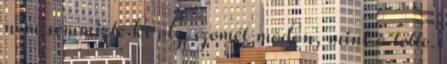
nem semmizte ki oly szemét módon, mint ő tette.